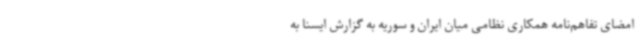
امضای تفاهم‌نامه همکاری نظامی میان ایران و سوریه به گزارش ایسنا به